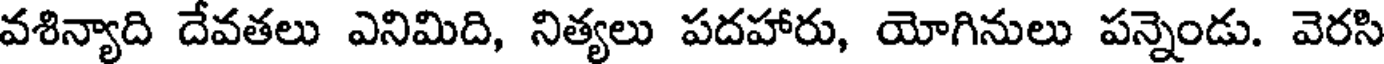
వశిన్యాది దేవతలు ఎనిమిది, నిత్యలు పదహారు, యోగినులు పన్నెండు. వెరసి